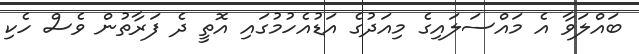
ބައްލަވާ އެ މައްސަލައިގެ މިއަދުގެ އަޑުއެހުމުގައި އޮތީ ދެ ފަރާތުން ވެސް ހެކި